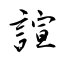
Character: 諠